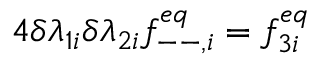
4 \delta \lambda _ { 1 i } \delta \lambda _ { 2 i } f _ { -- , i } ^ { e q } = f _ { 3 i } ^ { e q }